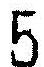
5